Bombay plague: being a history of the progress of plague in the Bombay presidency from September 1896 to June 1899
Year: 1896
Disease focus: Plague
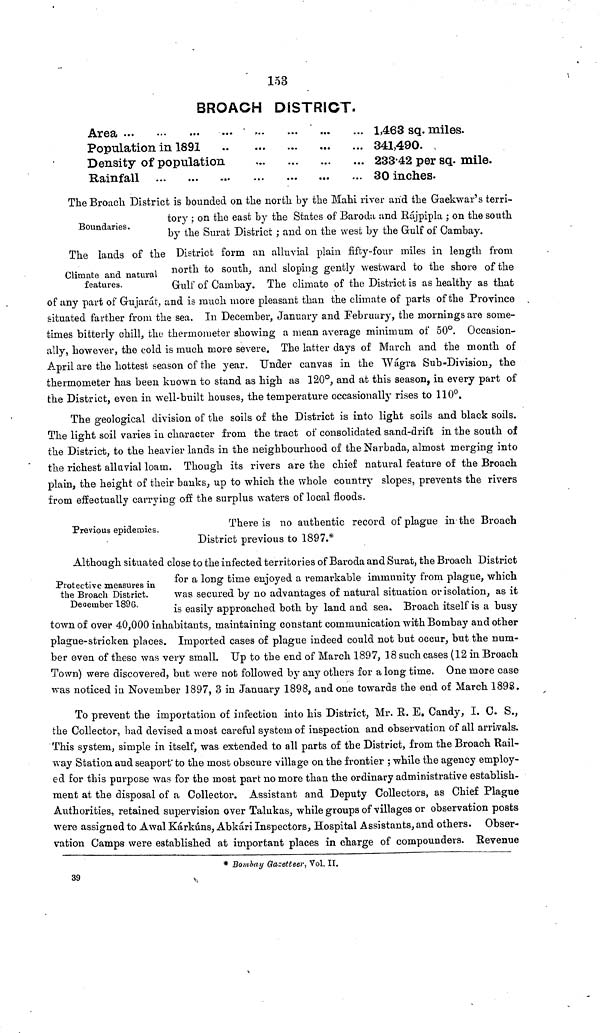
153
BROACH DISTRICT.
Area ...
Population in 1891 ...
Density of population
Rainfall
1,463 sq. miles.
341,490.
233 . 42 per sq. mile.
30 inches.
Boundaries.
The Broach District is bounded on the north by the Mahi river arid the Gaekwar's terri-
tory ; on the east by the States of Baroda and Rájpipla ; on the south
by the Surat District ; and on the west by the Gulf of Cambay.
Climate and natural
features.
The lands of the District form an alluvial plain fifty-four miles in length from
north to south, and sloping gently westward to the shore of the
Gulf of Carnbay. The climate of the District is as healthy as that
of any part of Gujarat, and is much more pleasant than the climate of parts of the Province
situated farther from the sea. In December, January and February, the mornings are some-
times bitterly chill, the thermometer showing a mean average minimum of 50°. Occasion-
ally, however, the cold is much more severe. The latter days of March and the month of
April are the hottest season of the year. Under canvas in the Wagra Sub-Division, the
thermometer has been known to stand as high as 120°, and at this season, in every part of
the District, even in well-built houses, the temperature occasionally rises to 110°.
The geological division of the soils of the District is into light soils and black soils.
The light soil varies in character from the tract of consolidated sand-drift in the south of
the District, to the heavier lands in the neighbourhood of the Narbada, almost merging into
the richest alluvial loam. Though its rivers are the chief natural feature of the Broach
plain, the height of their banks, up to which the whole country slopes, prevents the rivers
from effectually carrying off the surplus waters of local floods.
Previous epidemics.
There is no authentic record of plague in the Broach
District previous to 1897.*
Protective measures in
the Broach District.
December 189G.
Although situated close to the infected territories of Baroda and Surat. the Broach District
for a long time enjoyed a remarkable immunity from plague, which
was secured by no advantages of natural situation or isolation, as it
is easily approached both by land and sea. Broach itself is a busy
town of over 40,000 inhabitants, maintaining constant communication with Bombay and other
plague-stricken places. Imported cases of plague indeed could not but occur, but the num-
ber even of these was very small. Up to the end of March 1897, 18 such cases (12 in Broach
Town) were discovered, but were not followed by any others for a long time. One more case
was noticed in November 1897, 3 in January 1898, and one towards the end of March 1898.
To prevent the importation of infection into his District, Mr. R. E. Candy, I. C. S.,
the Collector, had devised a most careful system of inspection and observation of all arrivals.
This system, simple in itself, was extended to all parts of the District, from the Broach Rail-
way Station and seaport to the most obscure village on the frontier ; while the agency employ-
ed for this purpose was for the most part no more than the ordinary administrative establish-
ment at the disposal of a Collector. Assistant and Deputy Collectors, as Chief Plague
Authorities, retained supervision over Talukas, while groups of villages or observation posts
were assigned to Awal Kárkúns, Abkári Inspectors, Hospital Assistants, and others. Obser-
vation Camps were established at important places in charge of compounders. Revenue
* Bombay Gazetteer, Vol. II.
39